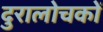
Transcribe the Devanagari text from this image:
दुरालोचकों